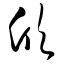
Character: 欣